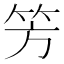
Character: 𥫳